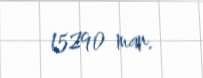
15290 man.